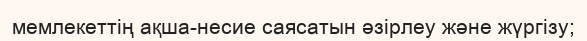
мемлекеттің ақша-несие саясатын әзірлеу және жүргізу;